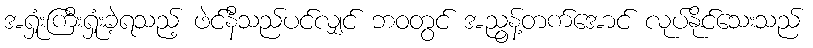
အရှုံးကြီးရှုံးခဲ့ရသည့် ဖဲင်နီသည်ပင်လျှင် ဘဝတွင် အညွန့်တက်အောင် လုပ်နိုင်သေးသည်